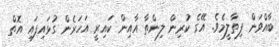
ބާއްވަން ފިތާލީމެވެ. އޭގެ ކުރިން ލިންތާ އާއިން ކައިރީ އަހަރެން ގުޅައިފައި އޮތް